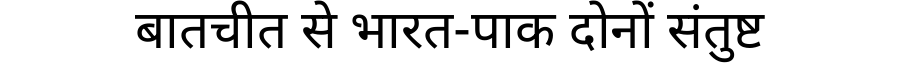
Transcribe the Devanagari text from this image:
बातचीत से भारत-पाक दोनों संतुष्ट